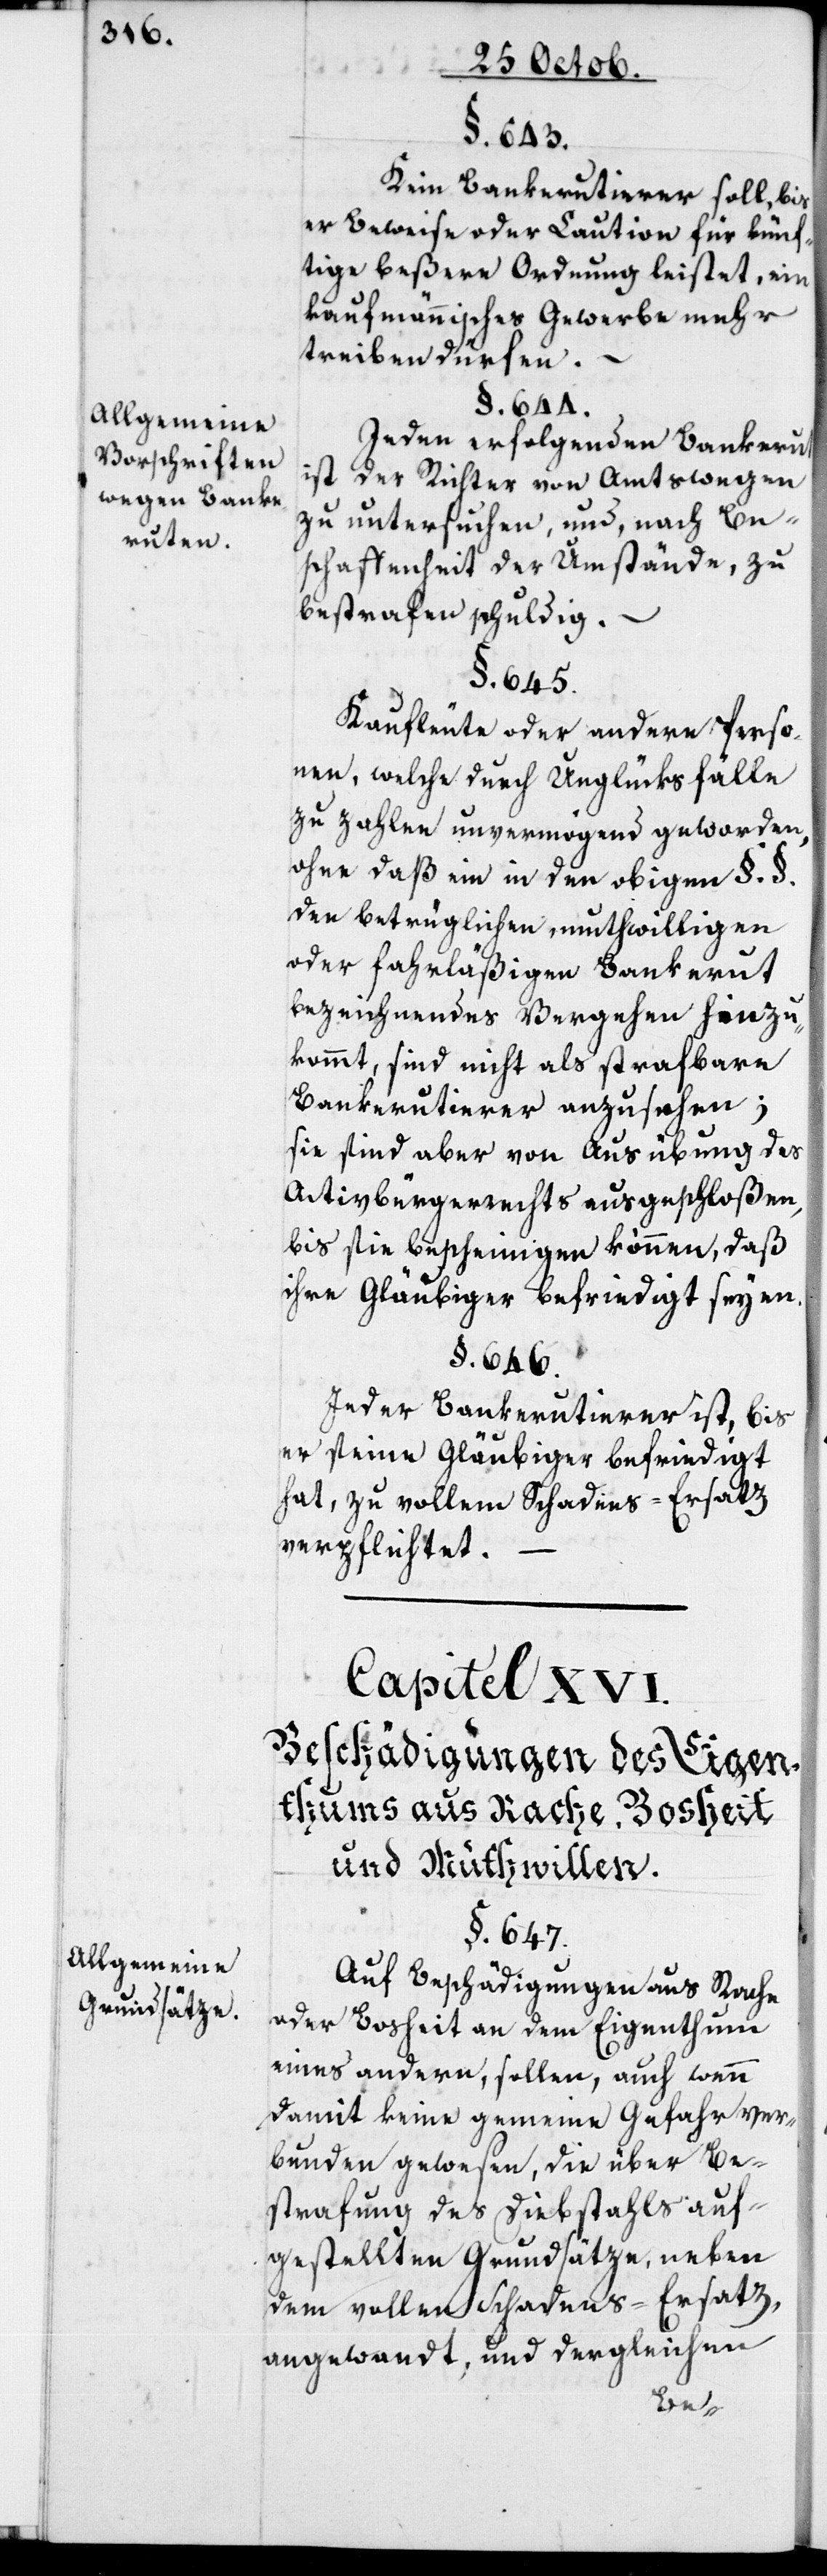
Allgemeine
Grundsätze.

Allgemeine
Vorschriften
wegen Banke¬
ruten.

§. 643.
Kein Bankerutierer soll, bis
er Beweise oder Caution für künf¬
tige beßere Ordnung leistet, ein
kaufmännisches Gewerbe mehr
treiben dürfen. –
§. 644.
Jeden erfolgenden Bankerut
ist der Richter von Amts wegen
zu untersuchen, und, nach Be¬
schaffenheit der Umstände, zu
bestrafen schuldig.
§. 645.
Kaufleute oder andere Perso¬
nen, welche durch Unglücksfälle
zu zahlen unvermögend geworden,
ohne daß ein in den obigen §. §.
den betrüglichen, muthwilligen
oder fahrläßigen Bankerut
bezeichnendes Vergehen hinzu¬
kommt, sind nicht als strafbare
Bankerutierer anzusehen;
sie sind aber von Ausübung des
Activbürgerrechts ausgeschloßen,
bis sie bescheinigen können, daß
ihre Gläubiger befriedigt seyen.
§. 646.
Jeder Bankerutierer ist, bis
er seine Gläubiger befriedigt
hat, zu vollem Schadens-Ersatz
verpflichtet.
Capitel XVI.
Beschädigungen des Eigen¬
thums aus Rache, Bosheit
und Muthwillen.
§. 647.
Auf Beschädigungen aus Rache
oder Bosheit an dem Eigenthum
eines andern, sollen, auch wenn
damit keine gemeine Gefahr ver¬
bunden gewesen, die über Be¬
strafung des Diebstahls auf¬
gestellten Grundsätze, neben
dem vollen Schadens-Ersatz,
angewandt, und dergleichen